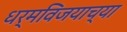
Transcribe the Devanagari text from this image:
धर्मविजयाच्या